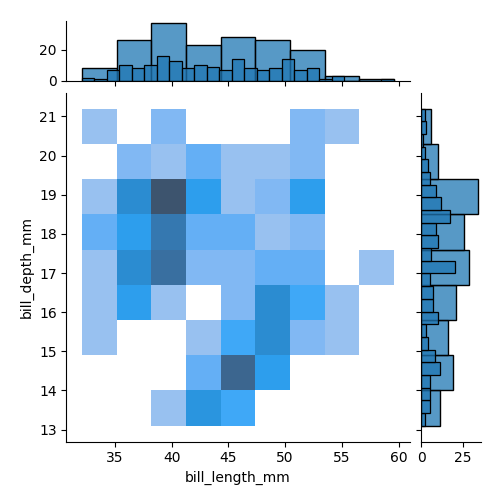
python, seaborn, jointplot, kind='hist', height='5', ratio='5', marginal_ticks='True'